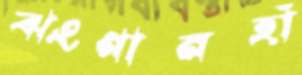
ঝংগানহাঁ